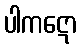
ပါကဋော